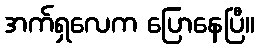
အက်ရှလေက ပြောနေပြီ။